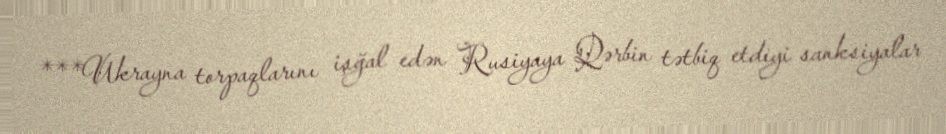
***Ukrayna torpaqlarını işğal edən Rusiyaya Qərbin tətbiq etdiyi sanksiyalar